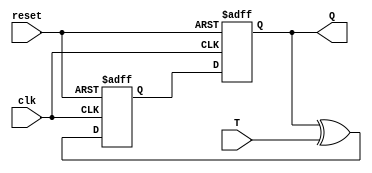
module T_flip_flop(
    input clk,
    input reset,
    input T,
    output reg Q
);

reg D;

always @(posedge clk or posedge reset) begin
    if(reset) begin
        D <= 1'b0;
        Q <= 1'b0;
    end else begin
        D <= Q ^ T;
        Q <= D;
    end
end

endmodule